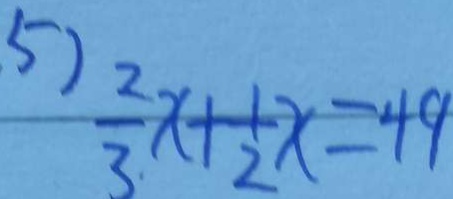
5 ) \frac { 2 } { 3 } x + \frac { 1 } { 2 } x = 4 9